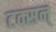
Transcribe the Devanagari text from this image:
टक्सन्